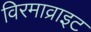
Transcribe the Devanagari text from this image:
विरमाव्राइट